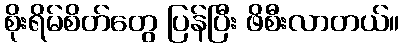
စိုးရိမ်စိတ်တွေ ပြန်ပြီး ဖိစီးလာတယ်။